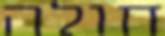
חולה